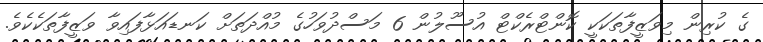
ގެ ކުރިން މިވަޒީފާތަކަކީ ކޮންޓްރެކްޓް އުސޫލުން 6 މަސްދުވަހުގެ މުއްދަތަށް ކަނޑައަޅާފައިވާ ވަޒީފާތަކެކެވެ.